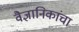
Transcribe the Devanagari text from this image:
वैज्ञानिकांचा